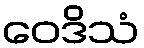
ဝေဒိသံ